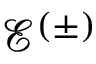
\mathcal { E } ^ { ( \pm ) }